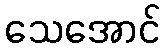
သေအောင်